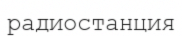
радиостанция